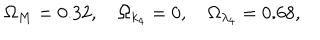
\Omega _ { M } = 0 . 3 2 , \quad \Omega _ { k _ { 4 } } = 0 , \quad \Omega _ { \lambda _ { 4 } } = 0 . 6 8 ,